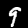
Label: 9